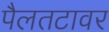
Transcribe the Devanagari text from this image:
पैलतटावर